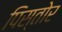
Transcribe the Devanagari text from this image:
पिस्तोर